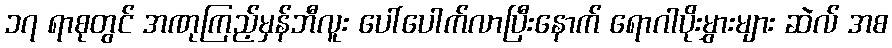
၁၇ ရာစုတွင် အဏုကြည့်မှန်ဘီလူး ပေါ်ပေါက်လာပြီးနောက် ရောဂါပိုးမွှားများ ဆဲလ် အစ